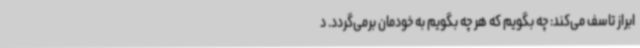
ابراز تاسف می‌کند: چه بگویم که هر چه بگویم به خودمان برمی‌گردد. د